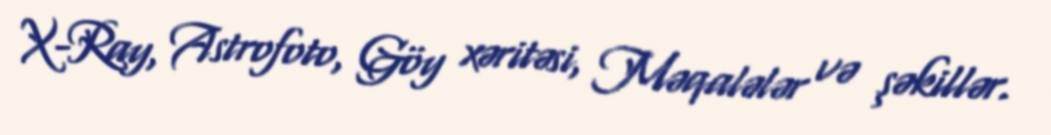
X-Ray, Astrofoto, Göy xəritəsi, Məqalələr və şəkillər.